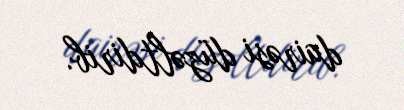
dairəsi düzəltdirib.